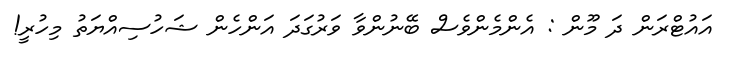
އައުޓްރަން ދަ މޫން : އެންމެންވެސް ބޭނުންވާ ވަރުގަދަ އަންހެން ޝަހުސިއްޔަތު މިހުރީ!